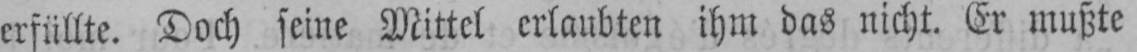
erfüllte. Doch seine Mittel erlaubten ihm das nicht. Er mußte